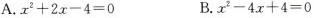
A.x-2+2x-4=0 B.x^{2-4.x+4=0